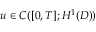
u \in C ( [ 0 , T ] ; H ^ { 1 } ( D ) )